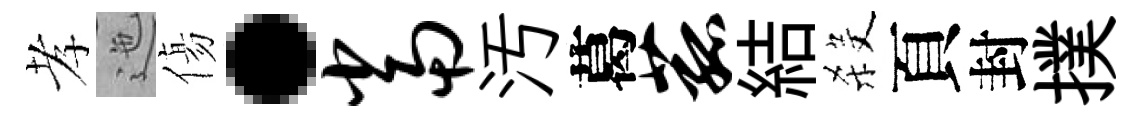
孝迤傷·当汚葛菰結殺頁封撲